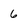
Character: 6